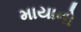
માયાનો